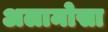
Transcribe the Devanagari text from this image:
अलामोसा